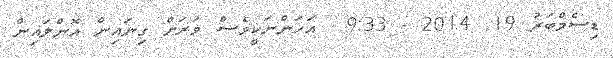
ޑިސެމްބަރު 19